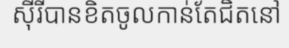
ស៊ីរីបានខិតចូលកាន់តែជិតនៅ